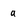
Character: a